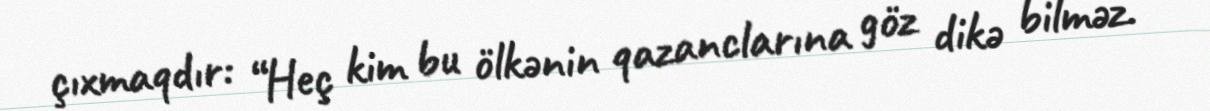
çıxmaqdır: “Heç kim bu ölkənin qazanclarına göz dikə bilməz.